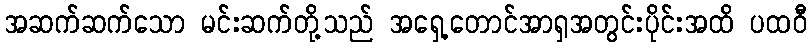
အဆက်ဆက်သော မင်းဆက်တို့သည် အရှေ့တောင်အာရှအတွင်းပိုင်းအထိ ပထဝီ